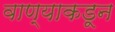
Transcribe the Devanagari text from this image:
वाण्याकडून